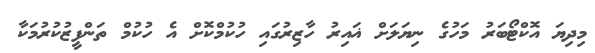
މިދިޔަ އޮކްޓޯބަރު މަހުގެ ނިޔަލަށް ޣައިރު ހާޒިރުގައި ހުކުމްކޮށް އެ ހުކުމް ތަންފީޒުކުރުމަކާ